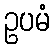
ဥပမံ